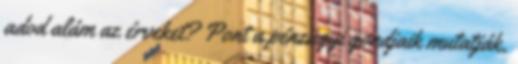
adod alám az érveket? Pont a pénzügyi gondjaik mutatják,